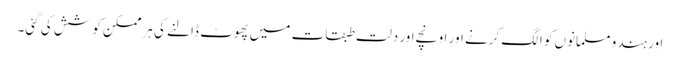
اور ہندو مسلمانوں کو الگ کرنے اور اونچے اور دلت طبقات میں پھوٹ ڈالنے کی ہر ممکن کوشش کی گئی۔